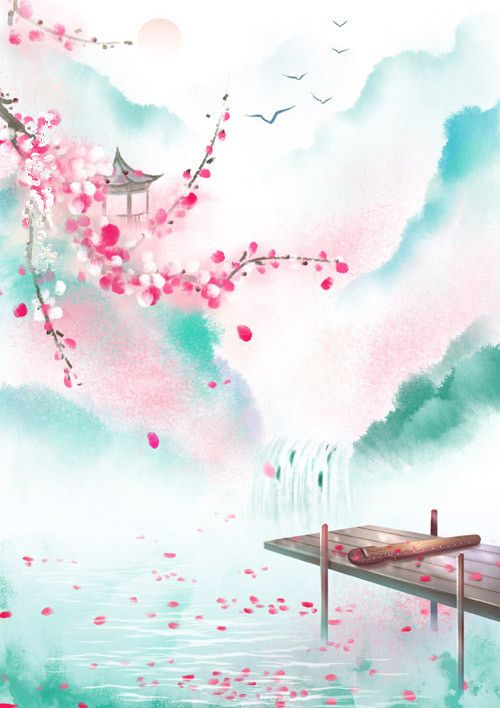
林花谢了春红，太匆匆。无奈朝来寒雨晚来风。